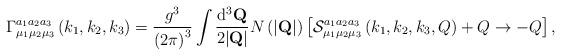
LaTeX: \begin{align*}\Gamma_{\mu_1\mu_2\mu_3}^{a_1 a_2 a_3}\left(k_1,k_2,k_3\right)=\frac{g^3}{\left(2\pi\right)^3}\int\frac{{\rm d}^3 {\bf Q}}{2|{\bf Q}|} N\left(|{\bf Q}|\right)\left[{\cal S}_{\mu_1\mu_2\mu_3}^{a_1 a_2 a_3}\left(k_1,k_2,k_3,Q\right) + Q\rightarrow -Q \right],\end{align*}